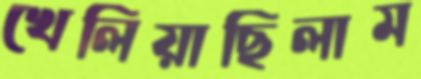
খেলিয়াছিলাম